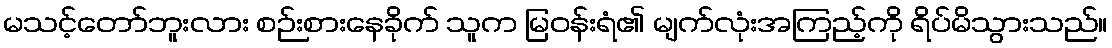
မသင့်တော်ဘူးလား စဉ်းစားနေခိုက် သူက မြဝန်းရံ၏ မျက်လုံးအကြည့်ကို ရိပ်မိသွားသည်။